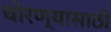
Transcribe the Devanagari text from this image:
चोरण्यासाठी